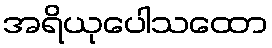
အရိယုပေါသထော